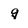
Character: q